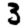
Digit: 3